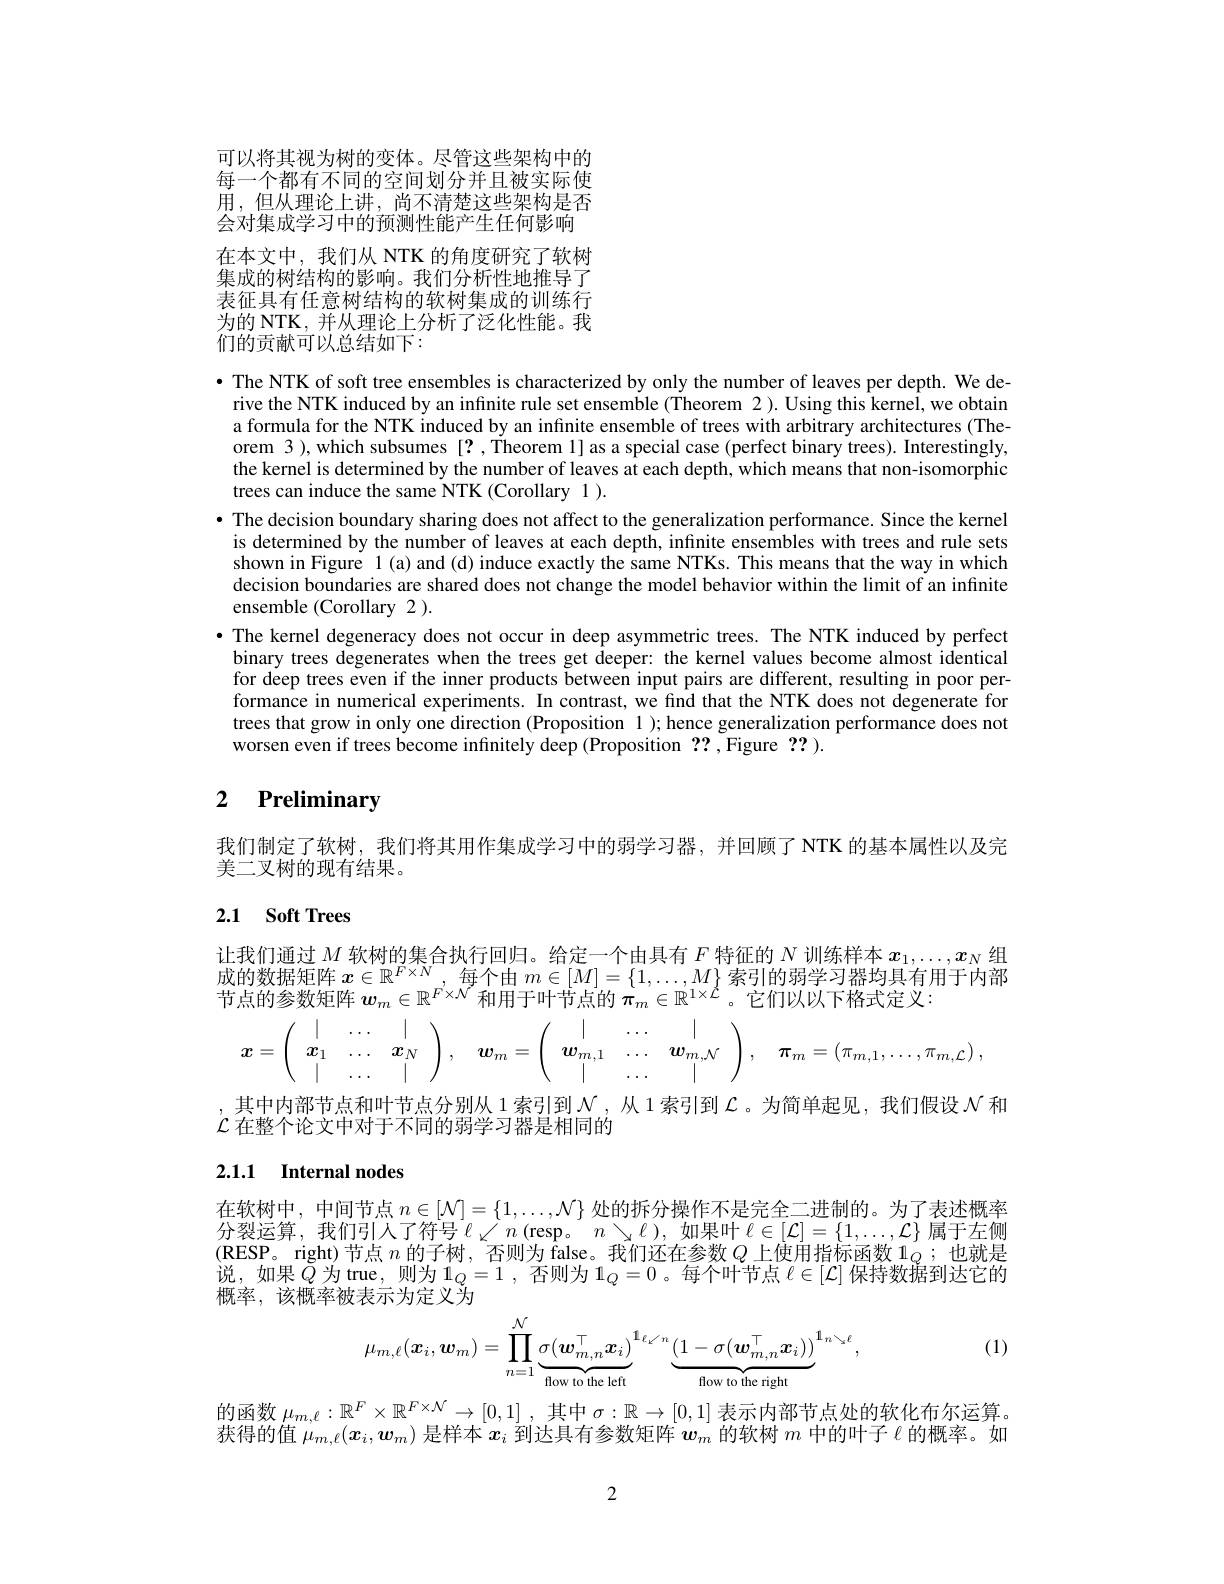
可以将其视为树的变体。尽管这些架构中的每一个都有不同的空间划分并且被实际使用，但从理论上讲，尚不清楚这些架构是否会对集成学习中的预测性能产生任何影响在本文中，我们从 NTK 的角度研究了软树集成的树结构的影响。我们分析性地推导了表征具有任意树结构的软树集成的训练行为的 NTK, 并从理论上分析了泛化性能。我们的贡献可以总结如下：

· The NTK of soft tree ensembles is characterized by only the number of leaves per depth. We derive the NTK induced by an infinite rule set ensemble (Theorem 2). Using this kernel, we obtain a formula for the NTK induced by an infinite ensemble of trees with arbitrary architectures (Theorem 3 ), which subsumes [? , Theorem l] as a special case (perfect binary trees). Interestingly, the kernel is determined by the number of leaves at each depth, which means that non-isomorphic trees can induce the same NTK (Corollary 1).
· The decision boundary sharing does not affect to the generalization performance. Since the kernel is determined by the number of leaves at each depth, infinite ensembles with trees and rule sets shown in Figure 1(a) and (d) induce exactly the same NTKs. This means that the way in which decision boundaries are shared does not change the model behavior within the limit of an infinite ensemble (Corollary 2 ).
·The kernel degeneracy does not occur in deep asymmetric trees. The NTK induced by perfect
binary trees degenerates when the trees get deeper: the kernel values become almost identical for deep trees even if the inner products between input pairs are different, resulting in poor performance in numerical experiments. In contrast, we find that the NTK does not degenerate for trees that grow in only one direction (Proposition 1 ); hence generalization performance does not worsen even if trees become infinitely deep (Proposition ??,Figure ??).

## 2 $\textbf{Preliminary}$

我们制定了软树，我们将其用作集成学习中的弱学习器，并回顾了NTK 的基本属性以及完
美二叉树的现有结果。

## 2.1 Soft Trees

让我们通过$M$软树的集合执行回归。给定一个由具有$F$特征的$N$训练样本$x_1,\ldots,x_N$组成的数据矩阵$x\in\mathbb{R}^F\times N$,每个由$m\in[M]=\{1,\ldots,M\}$索引的弱学习器均具有用于内部节点的参数矩阵 $\boldsymbol w_m\in\mathbb{R}^F\times\mathcal{N}^{\prime}$和用于叶节点的 $\pi_m\in\mathbb{R}^1\times\mathcal{L}$。它们以以下格式定义：
$$\left.x=\left(\begin{array}{ccc}|&\ldots&|\\\boldsymbol{x}_1&\ldots&\boldsymbol{x}_N\\|&\ldots&|\end{array}\right.\right),\quad\boldsymbol{w}_m=\left(\begin{array}{ccc}|&\ldots&|\\\boldsymbol{w}_{m,1}&\ldots&\boldsymbol{w}_{m,\mathcal{N}}\\|&\ldots&|\end{array}\right),\quad\boldsymbol{\pi}_m=(\pi_{m,1},\ldots,\pi_{m,\mathcal{L}})$$
其中内部节点和叶节点分别从 1索引到$\mathcal{N}$ ,从 1 索引到$\mathcal{L}$ 。为简单起见，我们假设$\mathcal{N}$和
$\mathcal{L}$在整个论文中对于不同的弱学习器是相同的

## 2.1.1 Internal nodes

在软树中，中间节点$n\in[\mathcal{N}]=\{1,\ldots,\mathcal{N}\}$处的拆分操作不是完全二进制的。为了表述概率分裂运算，我们引人了符号$\ell\swarrow n($resp。$n\searrow\ell)$,如果叶$\ell\in[\mathcal{L}]=\{1,\ldots,\mathcal{L}\}$ 属于左侧$(\mathbf{RESP}$。right)节点$n$的子树，否则为 false。我们还在参数$Q$上使用指标函数$1_Q$ ;也就是说，如果$\tilde{Q}$为true，则为$1_Q=1$,否则为$1_Q=0$。每个叶节点 $\ell\in[\mathcal{L}]$ 保持数据到达它的概率，该概率被表示为定义为

(1)
$$\mu_{m,\ell}(\boldsymbol{x}_{i},\boldsymbol{w}_{m})=\prod_{n=1}^{\mathcal{N}}\underbrace{\sigma(\boldsymbol{w}_{m,n}^{\top}\boldsymbol{x}_{i})}_{\text{flow to the left}}^{\mathbf{1}_{\ell\swarrow n}}\underbrace{(1-\sigma(\boldsymbol{w}_{m,n}^{\top}\boldsymbol{x}_{i}))}_{\text{flow to the right}}^{\mathbf{1}_{n\searrow\ell}},$$
的函数$\mu_m,\ell:\mathbb{R}^F\times\mathbb{R}^{F\times\mathcal{N}}\to[0,1]$ ,其中$\sigma:\mathbb{R}\to[0,1]$表示内部节点处的软化布尔运算。获得的值$\mu_{m,\ell}(x_i,w_m)$是样本$x_i$到达具有参数矩阵$\boldsymbol w_m$的软树$m$中的叶子$\ell$的概率。如

2